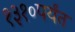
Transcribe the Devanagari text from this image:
१३१०पर्यंत